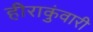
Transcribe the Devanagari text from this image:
हीराकुंवारी